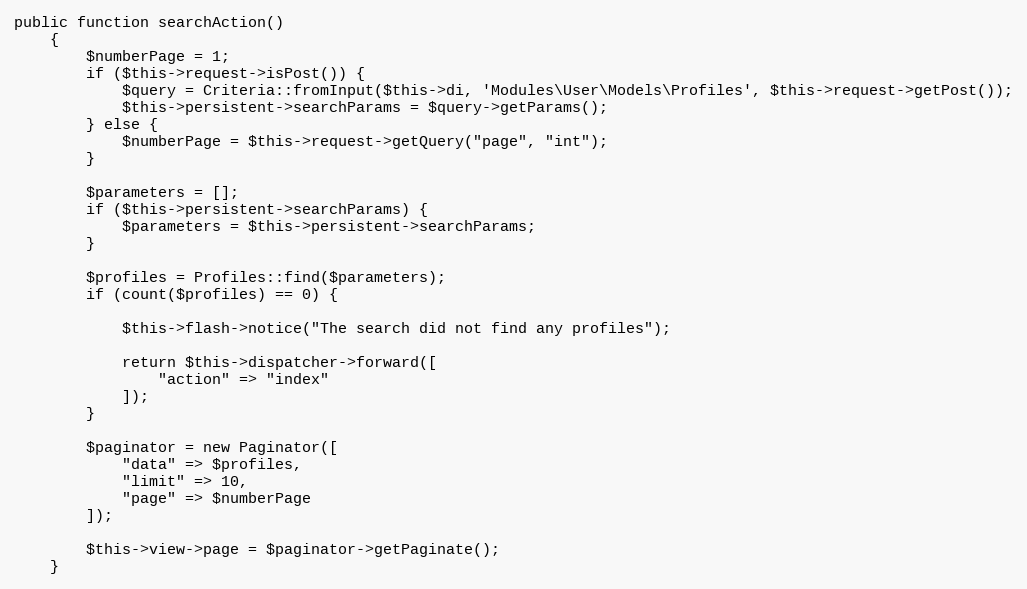
Language: PHP
public function searchAction()
    {
        $numberPage = 1;
        if ($this->request->isPost()) {
            $query = Criteria::fromInput($this->di, 'Modules\User\Models\Profiles', $this->request->getPost());
            $this->persistent->searchParams = $query->getParams();
        } else {
            $numberPage = $this->request->getQuery("page", "int");
        }

        $parameters = [];
        if ($this->persistent->searchParams) {
            $parameters = $this->persistent->searchParams;
        }

        $profiles = Profiles::find($parameters);
        if (count($profiles) == 0) {

            $this->flash->notice("The search did not find any profiles");

            return $this->dispatcher->forward([
                "action" => "index"
            ]);
        }

        $paginator = new Paginator([
            "data" => $profiles,
            "limit" => 10,
            "page" => $numberPage
        ]);

        $this->view->page = $paginator->getPaginate();
    }